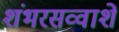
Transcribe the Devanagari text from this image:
शंभरसव्वाशें